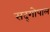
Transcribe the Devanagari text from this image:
सद्‍गोपाल